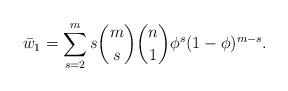
LaTeX: \begin{align*}\bar{w}_1 = \sum_{s = 2}^{m} s \binom{m}{s} \binom{n}{1} \phi^{s} (1 - \phi)^{m-s}.\end{align*}